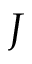
J